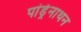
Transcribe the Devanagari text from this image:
पांड्रेनाथन